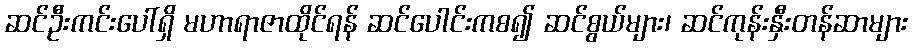
ဆင်ဦးကင်းပေါ်ရှိ မဟာရာဇာထိုင်ရန် ဆင်ပေါင်းကစ၍ ဆင်စွယ်များ၊ ဆင်ကုန်းနှီးတန်ဆာများ